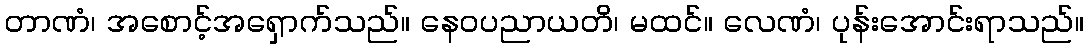
တာဏံ၊ အစောင့်အရှောက်သည်။ နေဝပညာယတိ၊ မထင်။ လေဏံ၊ ပုန်းအောင်းရာသည်။